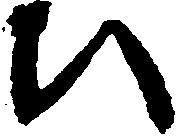
ひ